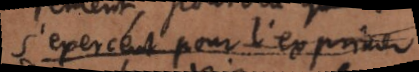
s’exercent pour l’exprimer